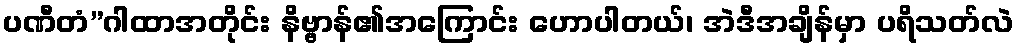
ပဏီတံ”ဂါထာအတိုင်း နိဗ္ဗာန်၏အကြောင်း ဟောပါတယ်၊ အဲဒီအချိန်မှာ ပရိသတ်လဲ